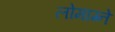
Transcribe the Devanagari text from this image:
लोमाग्ने